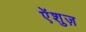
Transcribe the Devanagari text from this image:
ऐंशुज़